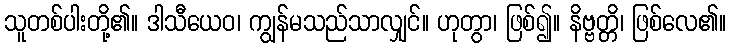
သူတစ်ပါးတို့၏။ ဒါသီယေဝ၊ ကျွန်မသည်သာလျှင်။ ဟုတွာ၊ ဖြစ်၍။ နိဗ္ဗတ္တိ၊ ဖြစ်လေ၏။